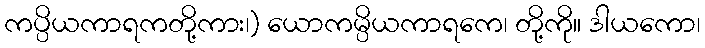
ကပ္ပိယကာရကတို့ကား၊) ယောကမ္ပိယကာရကေ၊ တို့ကို။ ဒါယကော၊